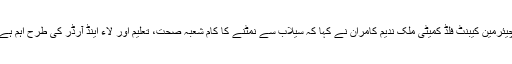
چیئرمین کیبنٹ فلڈ کمیٹی ملک ندیم کامران نے کہا کہ سیلاب سے نمٹنے کا کام شعبہ صحت، تعلیم اور لاء اینڈ آرڈر کی طرح اہم ہے۔